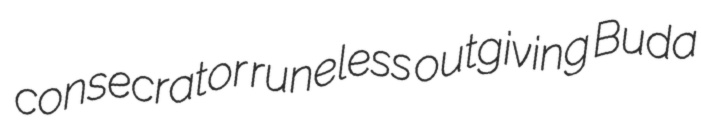
consecrator runeless outgiving Buda